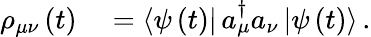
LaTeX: \begin{array}{rl}{\rho_{\mu\nu}\left(t\right)}&{{}=\mathinner{\langle{\psi\left(t\right)}|}a_{\mu}^{\dagger}a_{\nu}\mathinner{|{\psi\left(t\right)}\rangle}.}\end{array}